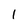
Character: 1